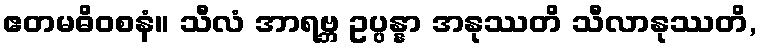
ဧတမဓိဝစနံ။ သီလံ အာရဗ္ဘ ဥပ္ပန္နာ အနုဿတိ သီလာနုဿတိ,